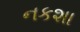
નકશા